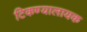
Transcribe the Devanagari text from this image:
टिकण्यालायक